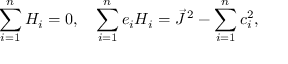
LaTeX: \sum _ { i = 1 } ^ { n } H _ { i } = 0 , \quad \sum _ { i = 1 } ^ { n } e _ { i } H _ { i } = \vec { J } ^ { \, 2 } - \sum _ { i = 1 } ^ { n } c _ { i } ^ { 2 } ,